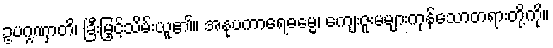
ဥပဂ္ဂဏှာတိ၊ ခြီးမြှင့်သိမ်းယူ၏။ အနုပကာရေဓမ္မေ၊ ကျေးဇူးမများကုန်သောတရားတို့ကို။